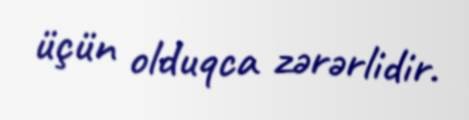
üçün olduqca zərərlidir.